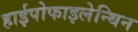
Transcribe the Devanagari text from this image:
हाईपोफाइलेन्थिन